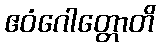
ဧဝံဂေါတ္တောတိ